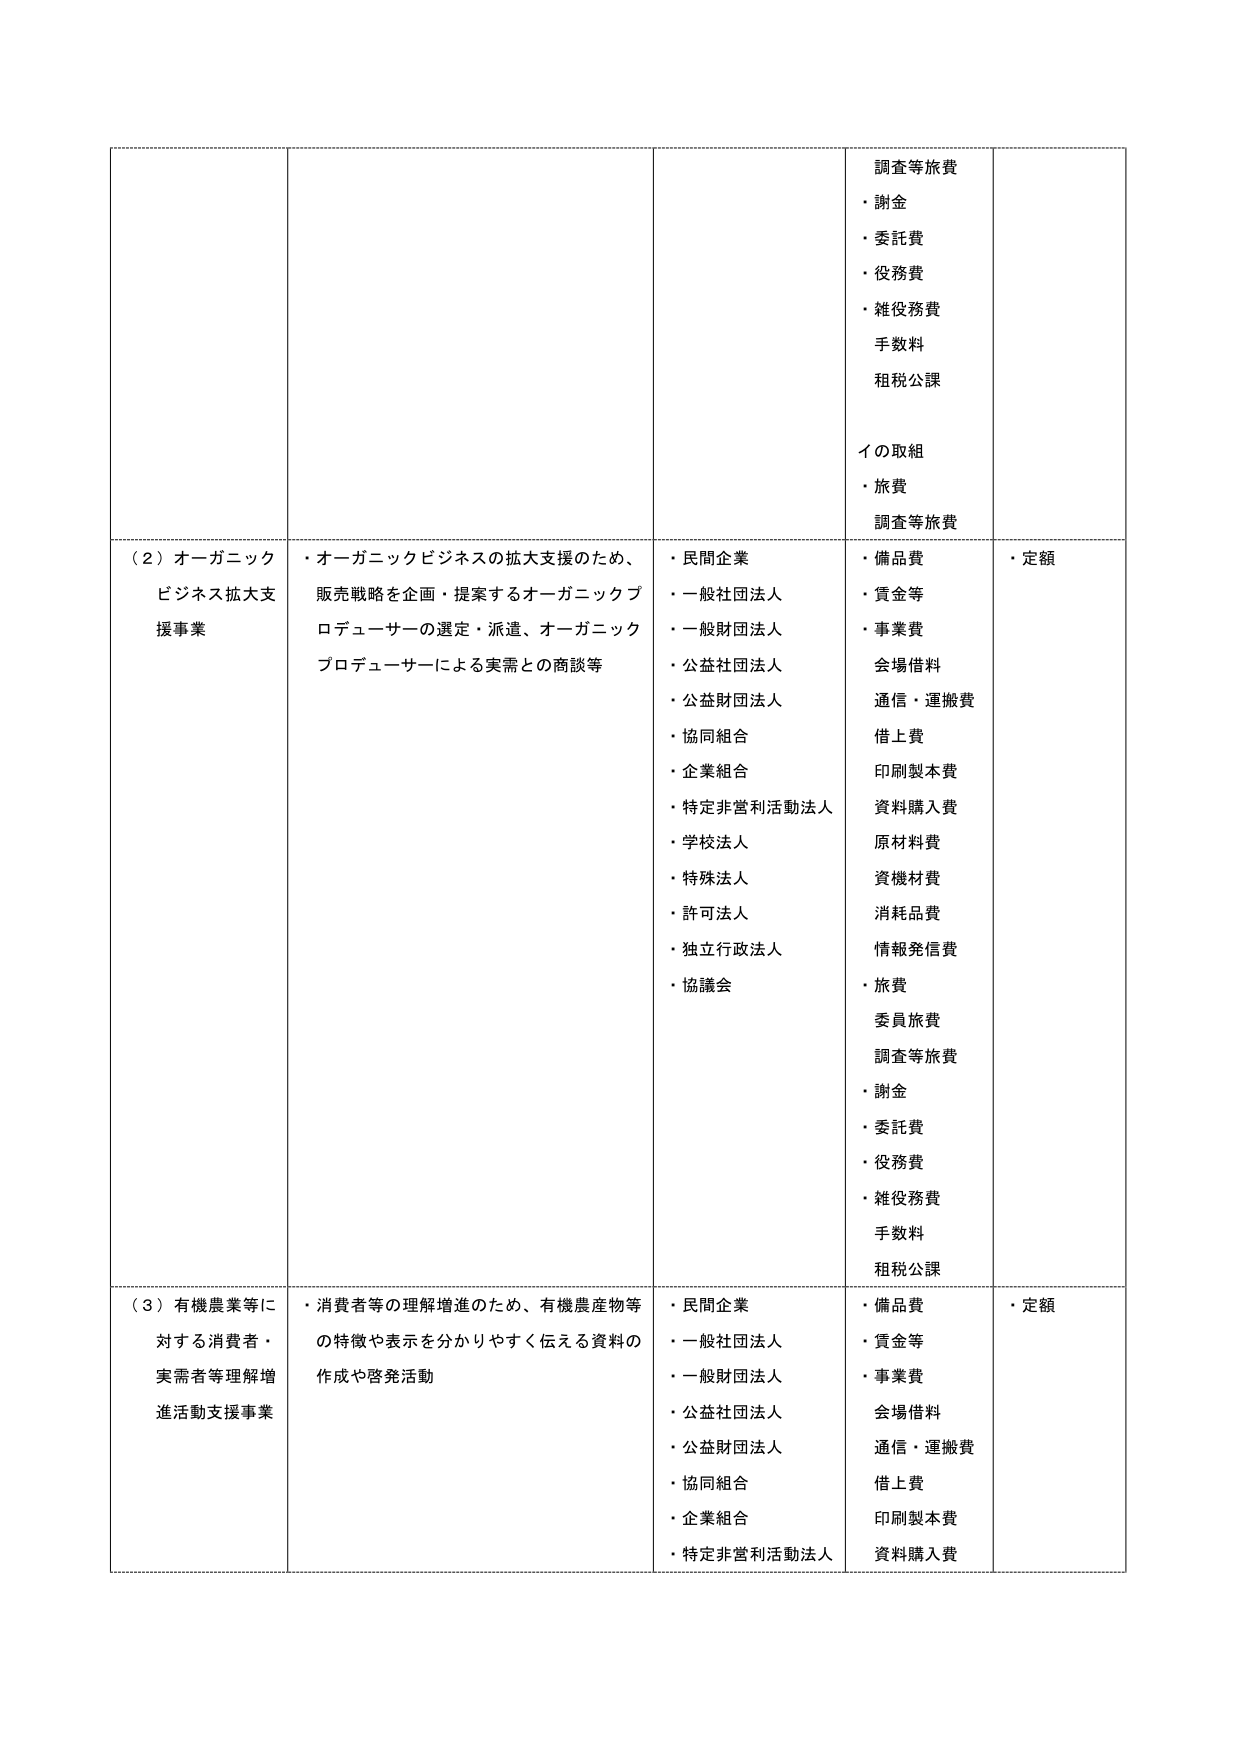
調査等旅費
・謝金
・委託費
・役務費
・雑役務費
手数料
租税公課

イの取組
・旅費
調査等旅費

（２）オーガニックビジネス拡大支援事業
・オーガニックビジネスの拡大支援のため、販売戦略を企画・提案するオーガニックプロデューサーの選定・派遣、オーガニックプロデューサーによる実需との商談等

・民間企業
・一般社団法人
・一般財団法人
・公益社団法人
・公益財団法人
・協同組合
・企業組合
・特定非営利活動法人
・学校法人
・特殊法人
・許可法人
・独立行政法人
・協議会

・備品費
・賃金等
・事業費
会場借料
通信・運搬費
借上費
印刷製本費
資料購入費
原材料費
資機材費
消耗品費
情報発信費
・旅費
委員旅費
調査等旅費
・謝金
・委託費
・役務費
・雑役務費
手数料
租税公課

・定額

（３）有機農業等に対する消費者・実需者等理解増進活動支援事業
・消費者等の理解増進のため、有機農産物等の特徴や表示を分かりやすく伝える資料の作成や啓発活動

・民間企業
・一般社団法人
・一般財団法人
・公益社団法人
・公益財団法人
・協同組合
・企業組合
・特定非営利活動法人

・備品費
・賃金等
・事業費
会場借料
通信・運搬費
借上費
印刷製本費
資料購入費

・定額